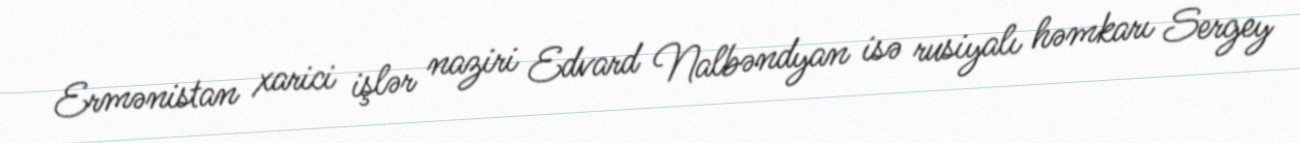
Ermənistan xarici işlər naziri Edvard Nalbəndyan isə rusiyalı həmkarı Sergey